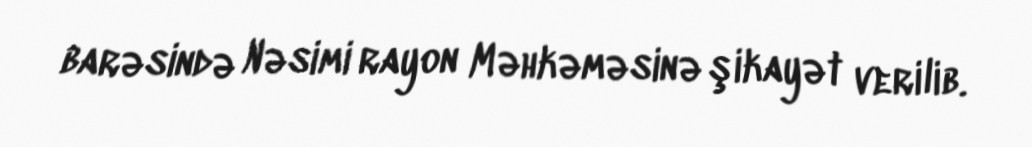
barəsində Nəsimi rayon Məhkəməsinə şikayət verilib.